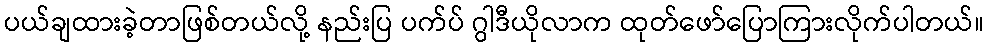
ပယ်ချထားခဲ့တာဖြစ်တယ်လို့ နည်းပြ ပက်ပ် ဂွါဒီယိုလာက ထုတ်ဖော်ပြောကြားလိုက်ပါတယ်။